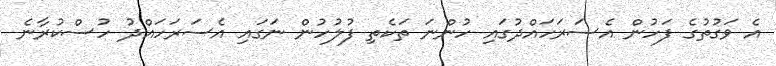
އެ ވަގުތުގެ ފަހުން އެސަރަހައްދުގައި ހުންނަ ތަކެތި ފުލުހުން ނަގައި އެސަރަހައްދު ހުސްކުރާނެ